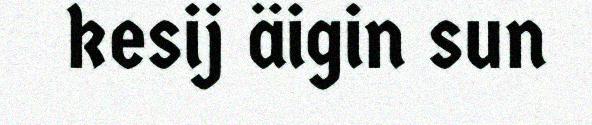
kesij äigin sun